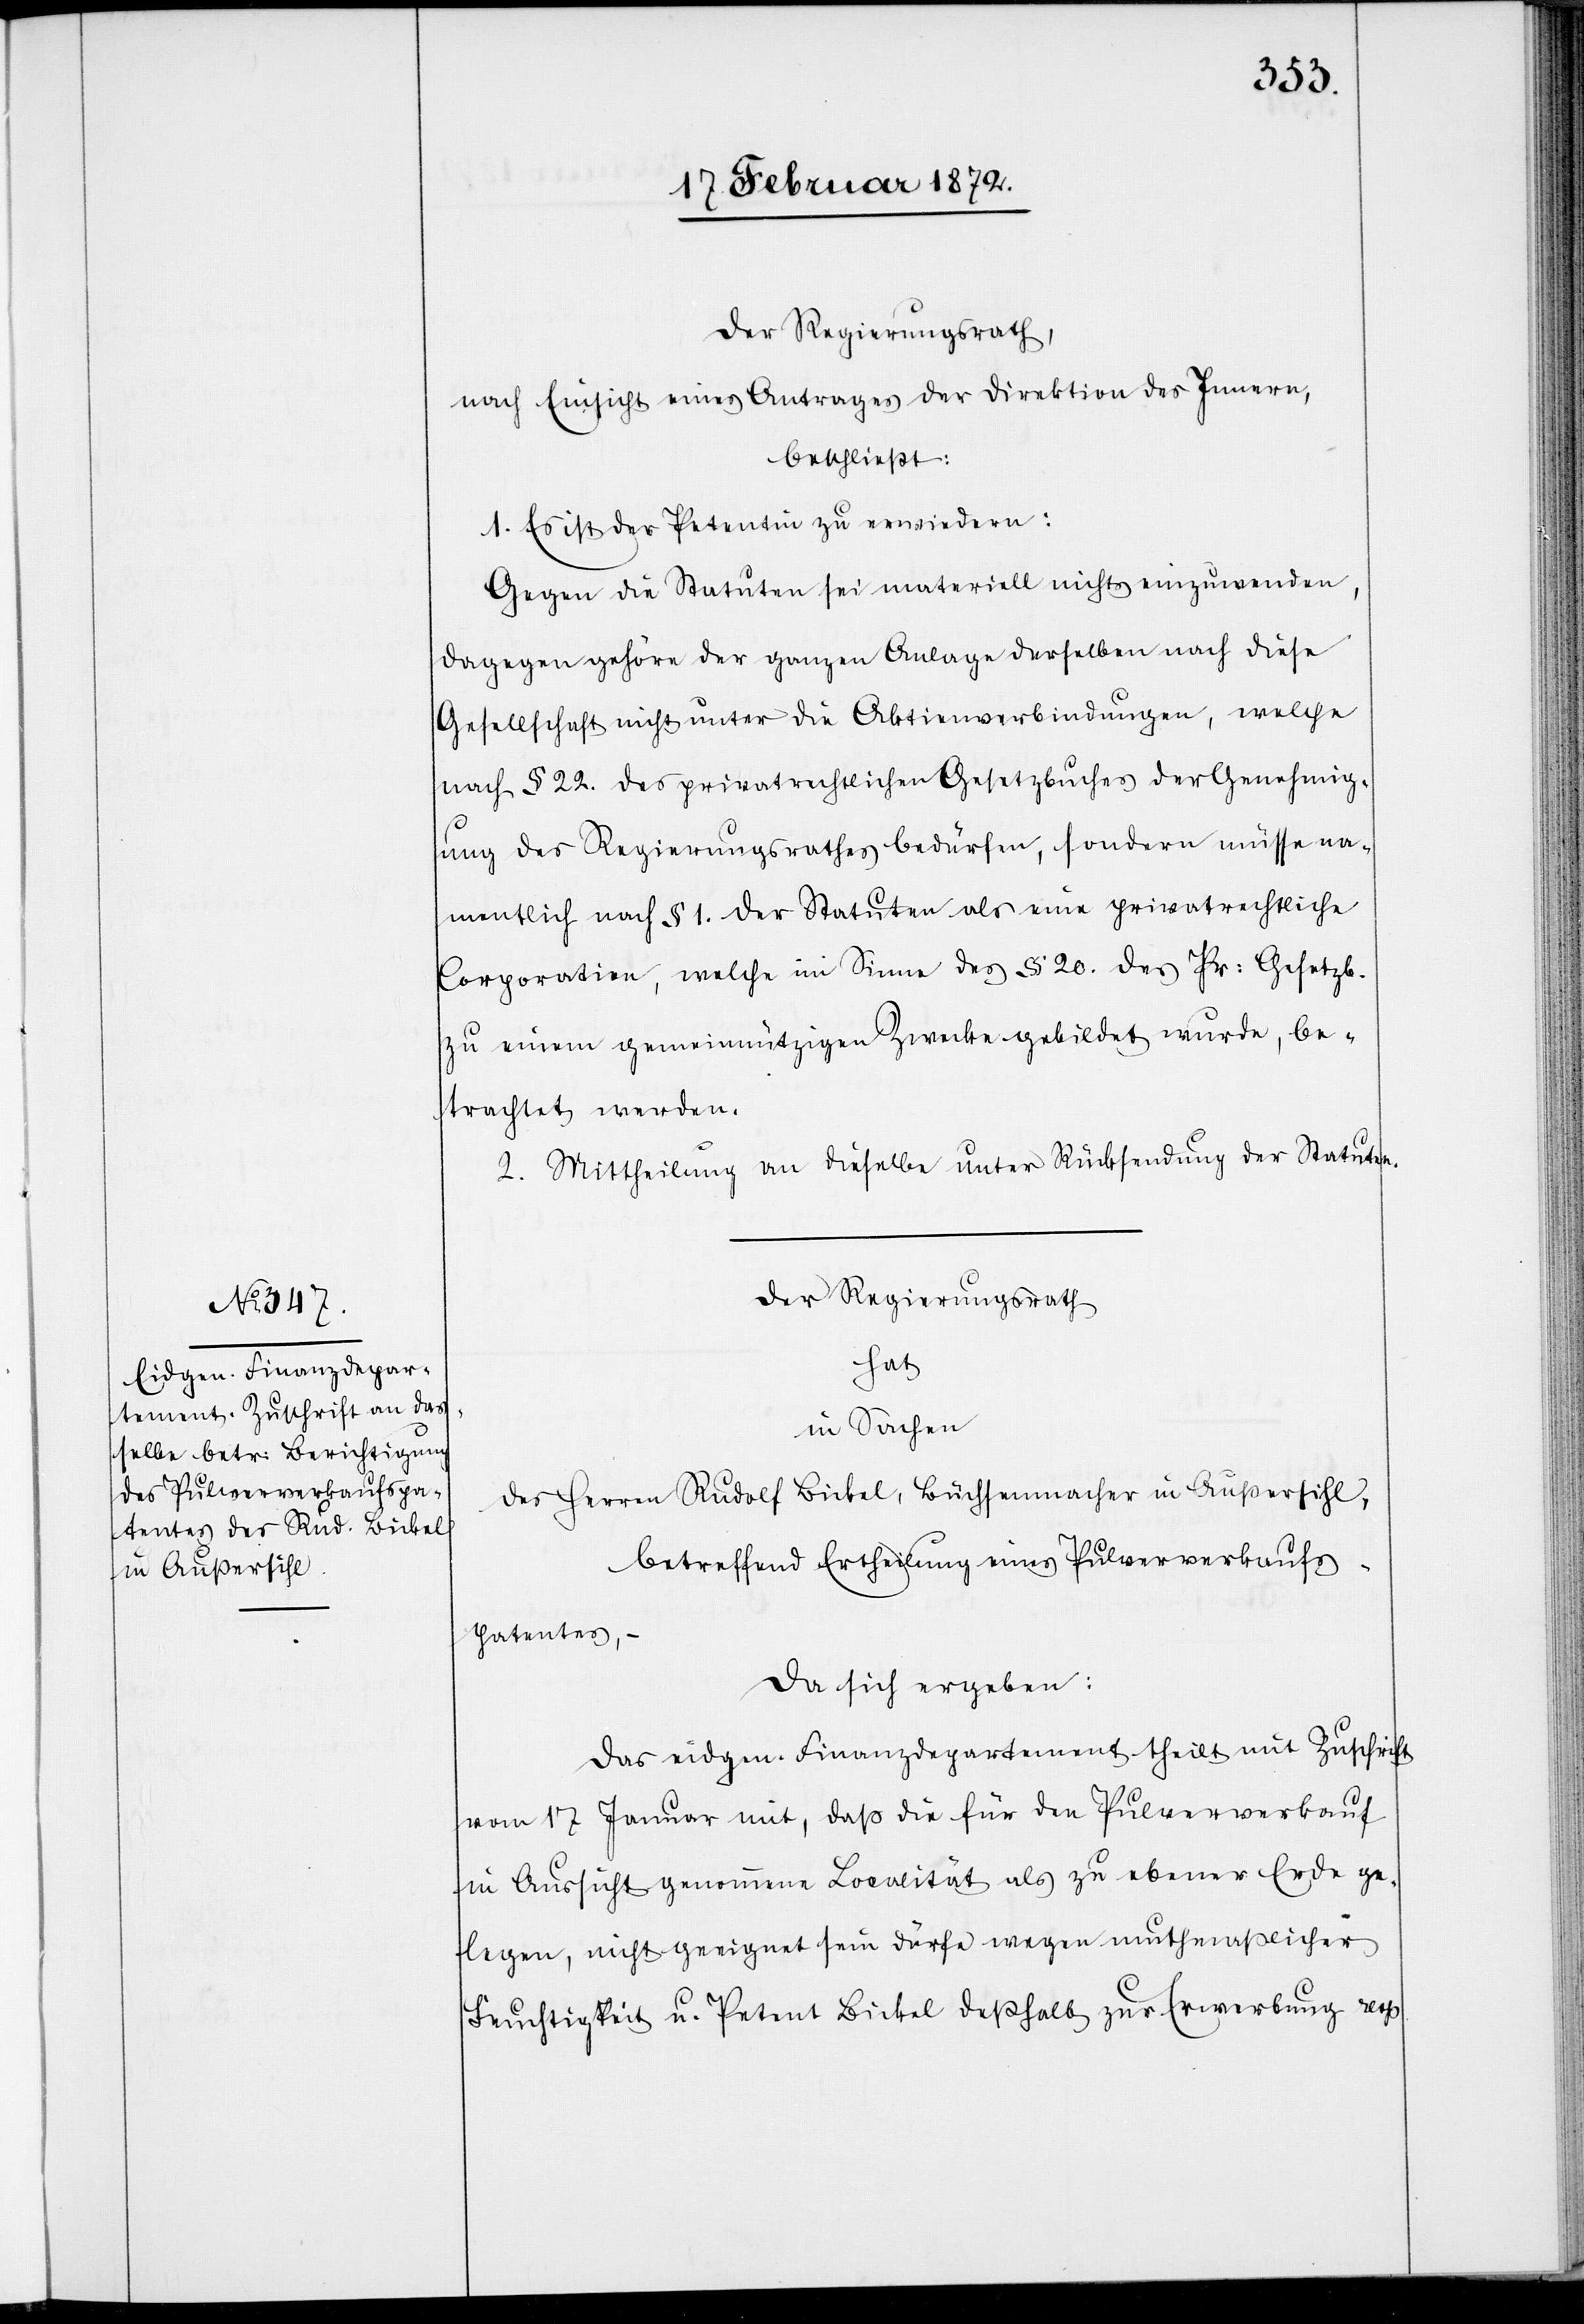
Der Regierungsrath,
nach Einsicht eines Antrages der Direktion des Innern,
beschließt:
1. Es ist der Petentin zu erwiedern:
Gegen die Statuten sei materiell nichts einzuwenden,
dagegen gehöre der ganzen Anlage derselben nach diese
Gesellschaft nicht unter die Aktienverbindungen, welche
nach § 22. des privatrechtlichen Gesetzbuches der Genehmig¬
ung des Regierungsrathes bedürfen, sondern müsse na¬
mentlich nach § 1. der Statuten als eine privatrechtliche
Corporation, welche im Sinne des § 20. das Pr. Gesetzb.
zu einem gemeinnützigen Zwecke gebildet wurde, be¬
trachtet werden.
2. Mittheilung an dieselbe unter Rücksendung der Statuten.
Der Regierungsrath
hat
in Sachen
des Herren Rudolf Bickel, Büchsenmacher in Außersihl,
betreffend Ertheilung eines Pulververkaufs¬
patentes, –
da sich ergeben:
Das eidgen. Finanzdepartement theilt mit Zuschrift
vom 17 Januar mit, daß die für den Pulververkauf
in Aussicht genommene Localität als zu ebener Erde ge¬
legen, nicht geeignet sein dürfe [sic!] wegen muthmaßlicher
Feuchtigkeit u. Petent Bickel deßhalb zur Erwerbung resp.